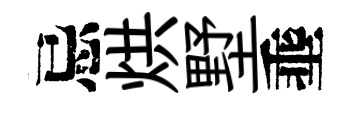
忌烘墅埀